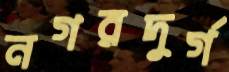
নগরদুর্গ